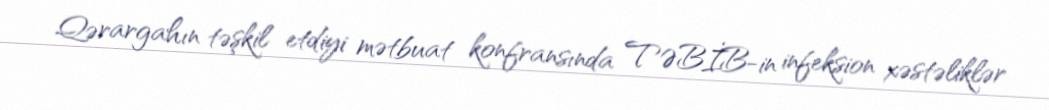
Qərargahın təşkil etdiyi mətbuat konfransında TƏBİB-in infeksion xəstəliklər